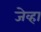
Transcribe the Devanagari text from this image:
जेव्‍हा